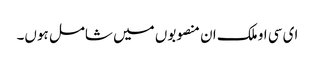
ای سی او ملک ان منصوبوں میں شامل ہوں۔